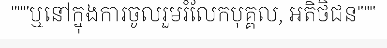
"""ឬនៅក្នុងការចូលរួមរំលែកបុគ្គល, អតិថិជន"""